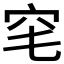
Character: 𥤭